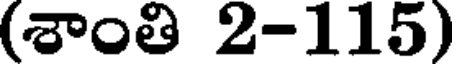
(శాంతి 2-115)